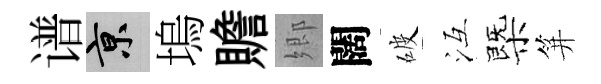
谱京塢贍郷闊破冱㮣笄